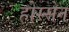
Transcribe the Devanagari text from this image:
होस्सेन